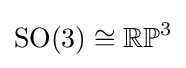
\operatorname {\text{SO}} (3)\cong \mathbb {RP} ^{3}